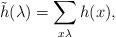
LaTeX: \begin{align*}\tilde h(\lambda) = \sum_{x \lambda} h(x),\end{align*}